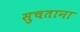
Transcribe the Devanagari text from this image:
सुचताना